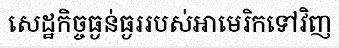
សេដ្ឋកិច្ចធ្ងន់ធ្ងររបស់អាមេរិកទៅវិញ